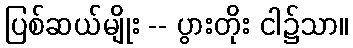
ပြစ်ဆယ်မျိုး -- ပွားတိုး ငါ၌သာ။